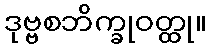
ဒုဗ္ဗစဘိက္ခုဝတ္ထု။